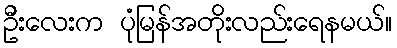
ဦးလေးက ပုံမြန်အတိုးလည်းရေနမယ်။